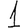
Digit: 1